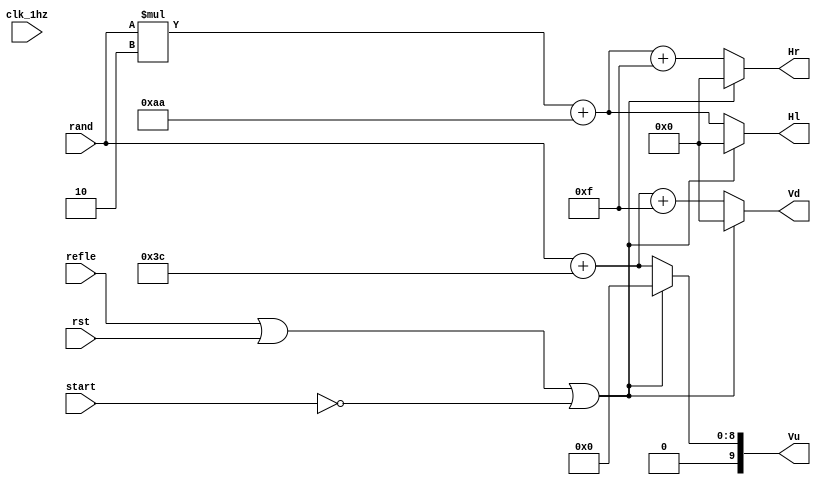
`timescale 1ns / 1ps
//////////////////////////////////////////////////////////////////////////////////
// Company: 
// Engineer: 
// 
// Design Name: 
// Module Name: Gapple
// Project Name: 
// Target Devices: 
// Tool Versions: 
// Description: 
// 
// Dependencies: 
// 
// Revision:
// Revision 0.01 - File Created
// Additional Comments:
// 
//////////////////////////////////////////////////////////////////////////////////


module Gapple(refle, start, rand, rst, clk_1hz, Hl, Hr, Vu, Vd);
input refle, rst, clk_1hz, start;
input [7:0] rand;
output reg [9:0] Vu, Vd, Hl, Hr;
//reg [7:0] randi = 10;

always @(refle or rst or start or rand)begin
    if (refle == 1 || rst == 1 || start == 0)begin
        Vu = 0;
        Vd = 0;
        Hl = 0;
        Hr = 0; end
        //randi <= rand; end
    else begin
        Vu = rand + 60;
        Vd = Vu + 15;
        Hl = (rand*2)+170;
        Hr = Hl + 15; end
end
        
endmodule